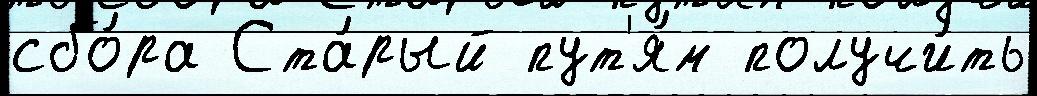
сбо́ра Ста́рый пут'я́м получи́ть